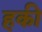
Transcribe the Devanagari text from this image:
हकी